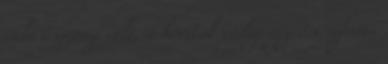
való asszony volt, a horiták pedig egy ősi refaita